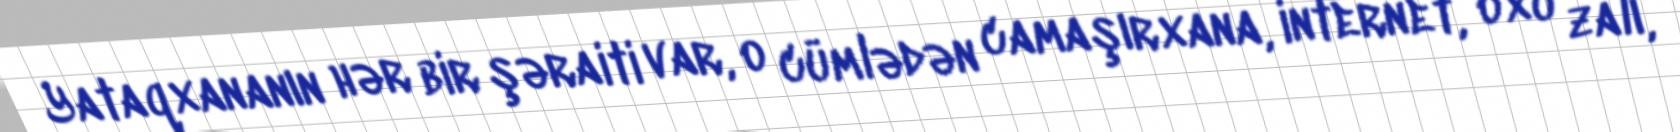
Yataqxananın hər bir şəraiti var, o cümlədən camaşırxana, internet, oxu zalı,